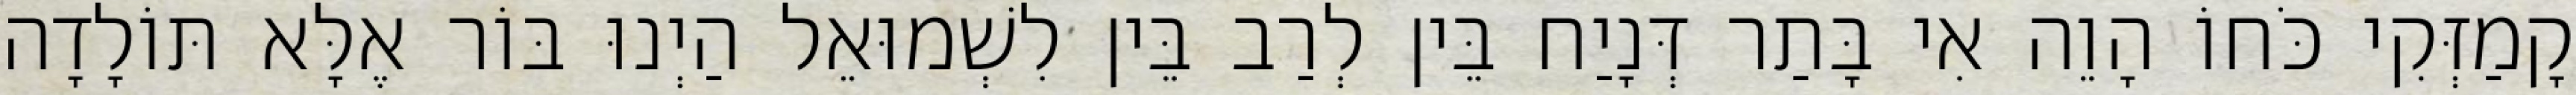
קָמַזְּקִי כֹּחוֹ הָוֵה אִי בָּתַר דְּנָיַח בֵּין לְרַב בֵּין לִשְׁמוּאֵל הַיְנוּ בּוֹר אֶלָּא תּוֹלָדָה